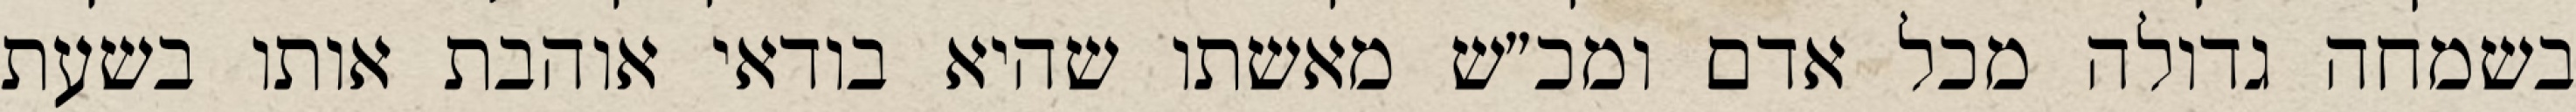
בשמחה גדולה מכל אדם ומכ״ש מאשתו שהיא בודאי אוהבת אותו בשעת